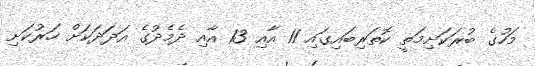
މަހުގެ ބުރަކަށިމަތީ ކޮތަރިބައިގައި 11 އާއި 13 އާއި ދެމެދުގެ އަދަދަކަށް ހަރުކަށި